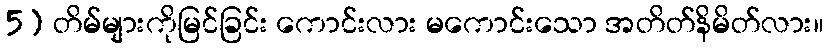
5) တိမ်များကိုမြင်ခြင်း ကောင်းလား မကောင်းသော အတိတ်နိမိတ်လား။